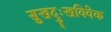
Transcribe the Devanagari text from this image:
सुखदुःखविवेक